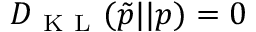
D _ { \mathrm { ~ K ~ L ~ } } ( \tilde { p } | | p ) = 0